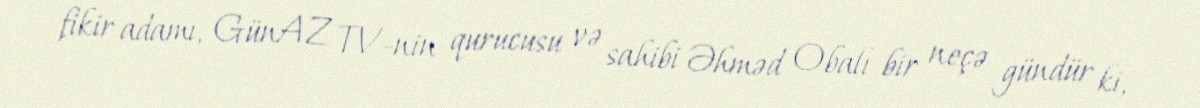
fikir adamı, GünAZ TV-nin qurucusu və sahibi Əhməd Obalı bir neçə gündür ki,